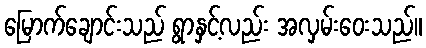
မြောက်ချောင်းသည် ရွာနှင့်လည်း အလှမ်းဝေးသည်။